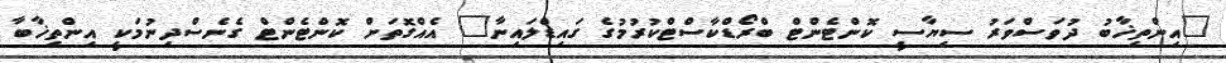
"އިންތިޚާބު ދުވަސްވަރު ސިޔާސީ ކޮންޓެންޓް ބްރޯޑްކާސްޓްކުރުމުގެ ގައިޑްލައިނާ" އެއްގޮތަށް ކޮންޓެންޓް ގެނެސްދިނުމަކީ އިންތިޚާބާ